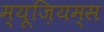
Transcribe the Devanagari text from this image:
म्यूज़ियम्स